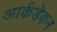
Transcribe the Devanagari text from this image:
आर्कडेकन